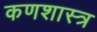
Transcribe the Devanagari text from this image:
कणशास्त्र